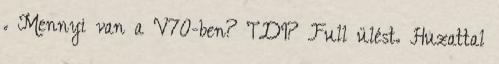
. Mennyi van a V70-ben? TDI? Full ülést. Huzattal